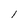
Character: l